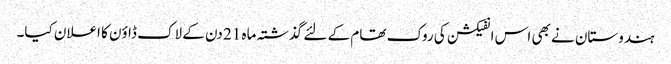
ہندوستان نے بھی اس انفیکشن کی روک تھام کے لئے گذشتہ ماہ 21 دن کے لاک ڈاؤن کا اعلان کیا۔